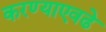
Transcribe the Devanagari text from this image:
करण्याएवढे